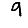
Digit: 9